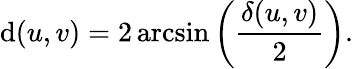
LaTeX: \mathrm{d}(u,v)=2\arcsin\left({\frac{{\delta(u,v)}}{{2}}}\right).